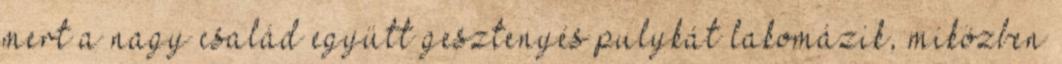
mert a nagy család együtt gesztenyés pulykát lakomázik, miközben